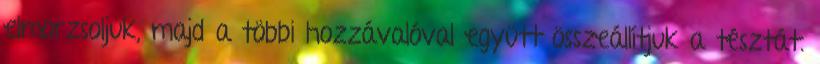
elmorzsoljuk, majd a többi hozzávalóval együtt összeállítjuk a tésztát.